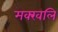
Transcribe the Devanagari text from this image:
मक्खलि